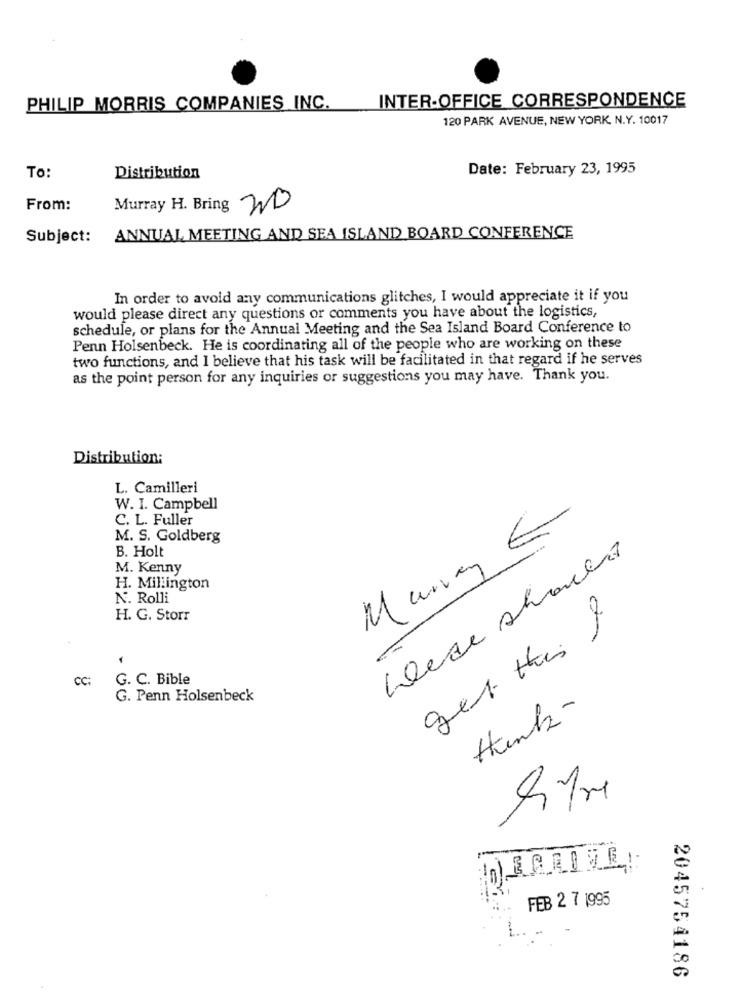
INTER-OFFICE CORRESPONDENCE
PHILIP MORRIS COMPANIES INC.
120 PARK AVENUE, NEW YORK, N.Y. 10017
Date: February 23, 1995
To:
Distribution
From:
Murray H. Bring ND
Subject:
ANNUAL MEETING AND SEA ISLAND BOARD CONFERENCE
In order to avoid any communications glitches, I would appreciate it if you
would please direct any questions or comments you have about the logistics,
schedule, or plans for the Annual Meeting and the Sea Island Board Conference to
Penn Holsenbeck. He is coordinating all of the people who are working on these
two functions, and I believe that his task will be facilitated in that regard if he serves
as the point person for any inquiries or suggestions you may have. Thank you.
Distribution:
L. Camilleri
W. I. Campbell
C. L. Fuller
M. S. Goldberg
Murray €
B. Holt
M. Kenny
H. Millington
N. Rolli
H. G. Storr
get this &
-
CC:
G. C. Bible
G. Penn Holsenbeck
Hunk-
-
FEB 2 7 1995
L.
2045754186